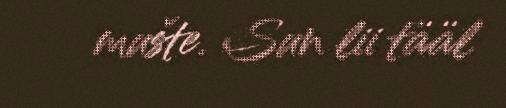
mušte. Sun lii tääl